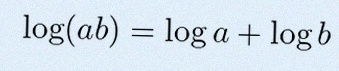
\log(ab)=\log a+\log b